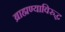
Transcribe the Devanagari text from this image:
ब्राह्मण्याविरुद्ध